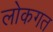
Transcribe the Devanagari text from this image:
लोकगत